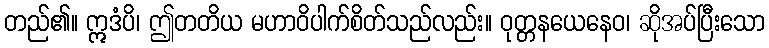
တည်၏။ ဣဒံပိ၊ ဤတတိယ မဟာဝိပါက်စိတ်သည်လည်း။ ဝုတ္တနယေနေဝ၊ ဆိုအပ်ပြီးသော